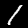
Label: 1